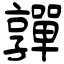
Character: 嚲